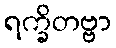
ရက္ခိတဗ္ဗာ